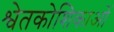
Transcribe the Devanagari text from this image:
श्वेतकोशिकाओं